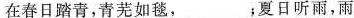
在春日踏青，青芜如毯，___；夏日听雨，雨